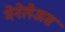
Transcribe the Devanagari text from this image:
मेनेलेअस